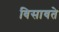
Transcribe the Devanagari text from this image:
विसावते